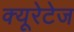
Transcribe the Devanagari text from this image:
क्यूरेटेज